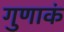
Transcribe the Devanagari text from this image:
गुणाकं